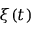
\xi ( t )